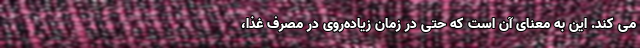
می کند. این به معنای آن است که حتی در زمان زیاده‌روی در مصرف غذا،